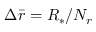
\Delta \bar { r } = R _ { * } / N _ { r }